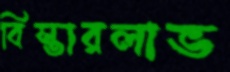
বিস্তারলাভ